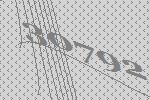
30792